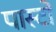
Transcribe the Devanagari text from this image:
पास्टो